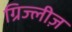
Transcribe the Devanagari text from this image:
ग्रिज्लीज़